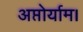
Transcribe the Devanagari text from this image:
अप्तोर्याम।